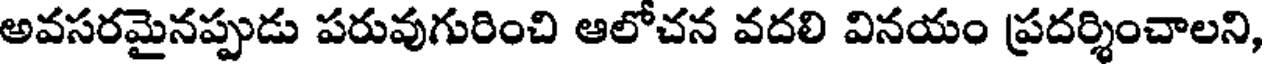
అవసరమైనప్పుడు పరువుగురించి ఆలోచన వదలి వినయం ప్రదర్శించాలని,